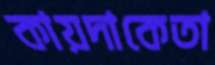
কায়দাকেতা